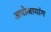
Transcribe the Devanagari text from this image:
अधोजायांग